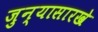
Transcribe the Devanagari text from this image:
जुन्यासारखे